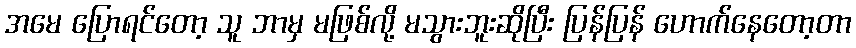
အမေ ပြောရင်တော့ သူ ဘာမှ မဖြစ်လို့ မသွားဘူးဆိုပြီး ပြန်ပြန် ဟောက်နေတော့တာ